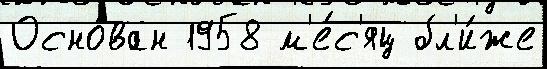
Осно́ван 1958 м'е́с'яц бл'и́же